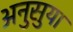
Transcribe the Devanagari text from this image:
अनुसुया